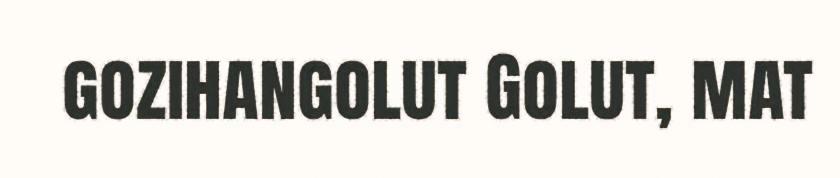
gozihangolut Golut, mat